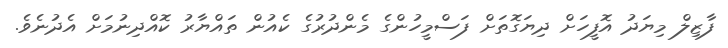
ފާޒިލް މިޔަދު އޮފީހަށް ދިޔަގޮތަށް ފަސްމީހުންގެ މެންދުރުގެ ކެއުން ތައްޔާރު ކޮއްދިނުމަށް އެދުނެވެ.